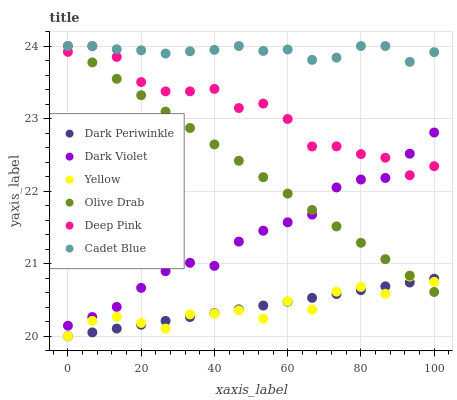
| xaxis_label | Dark Periwinkle | Dark Violet | Yellow | Olive Drab | Deep Pink | Cadet Blue |
 | --- | --- | --- | --- | --- | --- | --- |
 | 0 | 20 | 20.1 | 20 | 24 | 23.9 | 24 |
 | 6.67 | 20.1 | 20.3 | 20.2 | 23.8 | 24 | 24 |
 | 13.3 | 20.1 | 20.4 | 20.3 | 23.5 | 23.8 | 24 |
 | 20 | 20.2 | 20.7 | 20.2 | 23.3 | 23.5 | 23.9 |
 | 26.7 | 20.2 | 20.9 | 20.1 | 23.1 | 23.4 | 23.9 |
 | 33.3 | 20.3 | 21 | 20.3 | 22.9 | 23.4 | 23.9 |
 | 40 | 20.3 | 21 | 20.3 | 22.6 | 23.4 | 23.9 |
 | 46.7 | 20.4 | 21.3 | 20.4 | 22.4 | 23.1 | 24 |
 | 53.3 | 20.4 | 21.5 | 20.2 | 22.2 | 23.2 | 23.9 |
 | 60 | 20.5 | 21.6 | 20.5 | 22 | 23 | 24 |
 | 66.7 | 20.5 | 21.7 | 20.4 | 21.7 | 22.6 | 23.8 |
 | 73.3 | 20.6 | 22.1 | 20.6 | 21.5 | 22.6 | 23.8 |
 | 80 | 20.6 | 22.2 | 20.7 | 21.3 | 22.5 | 24 |
 | 86.7 | 20.7 | 22.2 | 20.6 | 21.1 | 22.5 | 24 |
 | 93.3 | 20.7 | 22.5 | 20.8 | 20.8 | 22.2 | 23.8 |
 | 100 | 20.8 | 22.8 | 20.7 | 20.6 | 22.3 | 23.9 |